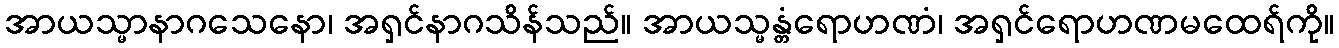
အာယသ္မာနာဂသေနော၊ အရှင်နာဂသိန်သည်။ အာယသ္မန္တံရောဟဏံ၊ အရှင်ရောဟဏမထေရ်ကို။